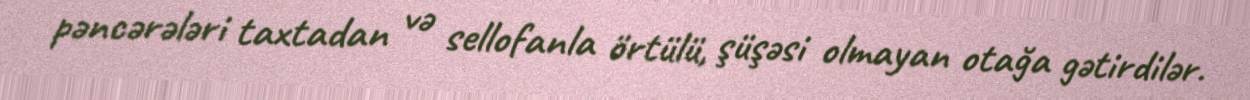
pəncərələri taxtadan və sellofanla örtülü, şüşəsi olmayan otağa gətirdilər.